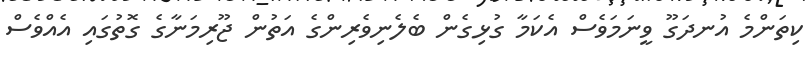
ކިތަންމެ އުނދަގޫ ވީނަމަވެސް އެކަމާ ގުޅިގެން ބެލެނިވެރިންގެ އަތުން ޖޫރިމަނާގެ ގޮތުގައި އެއްވެސް